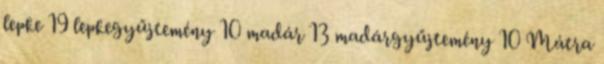
lepke 19 lepkegyűjtemény 10 madár 13 madárgyűjtemény 10 Mátra